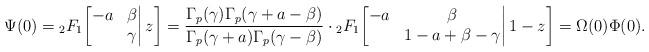
LaTeX: \begin{align*}\Psi(0)={}_2F_1\bigg[\begin{matrix}-a&\beta\\&\gamma\end{matrix}\bigg|\,z\bigg]=\frac{\Gamma_p(\gamma)\Gamma_p(\gamma+a-\beta)}{\Gamma_p(\gamma+a)\Gamma_p(\gamma-\beta)}\cdot{}_2F_1\bigg[\begin{matrix}-a&\beta\\&1-a+\beta-\gamma\end{matrix}\bigg|\,1-z\bigg]=\Omega(0)\Phi(0).\end{align*}